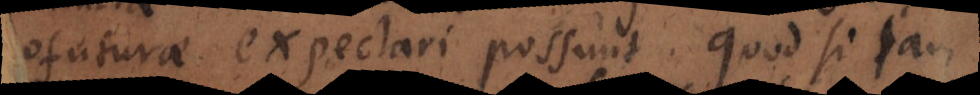
profuturae expectari possunt. Quod si jam